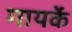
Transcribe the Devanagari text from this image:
गायर्के